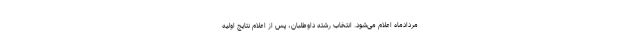
مردادماه اعلام می‌شود. انتخاب رشته داوطلبان، پس از اعلام نتایج اولیه